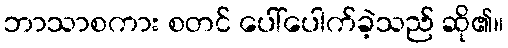
ဘာသာစကား စတင် ပေါ်ပေါက်ခဲ့သည် ဆို၏။